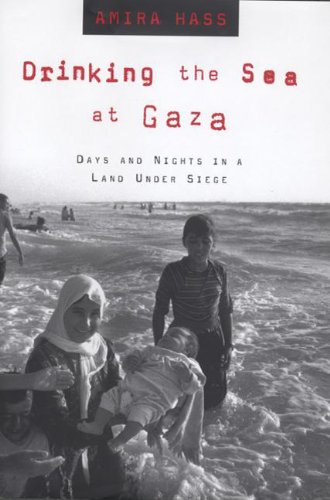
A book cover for Drinking the Sea at Gaza: Days and Nights in a Land Under Siege; Amira Hass; Biographies & Memoirs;